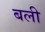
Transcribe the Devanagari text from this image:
बली